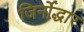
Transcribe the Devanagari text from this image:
जिर्नोद्धार